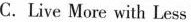
C.Live More with Less